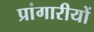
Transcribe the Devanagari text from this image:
प्रांगारीयों